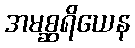
အမစ္ဆရိယေန